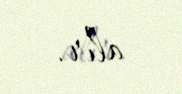
alır.